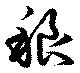
稂